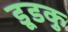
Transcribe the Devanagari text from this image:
डूडकु